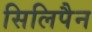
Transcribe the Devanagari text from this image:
सिलिपैन